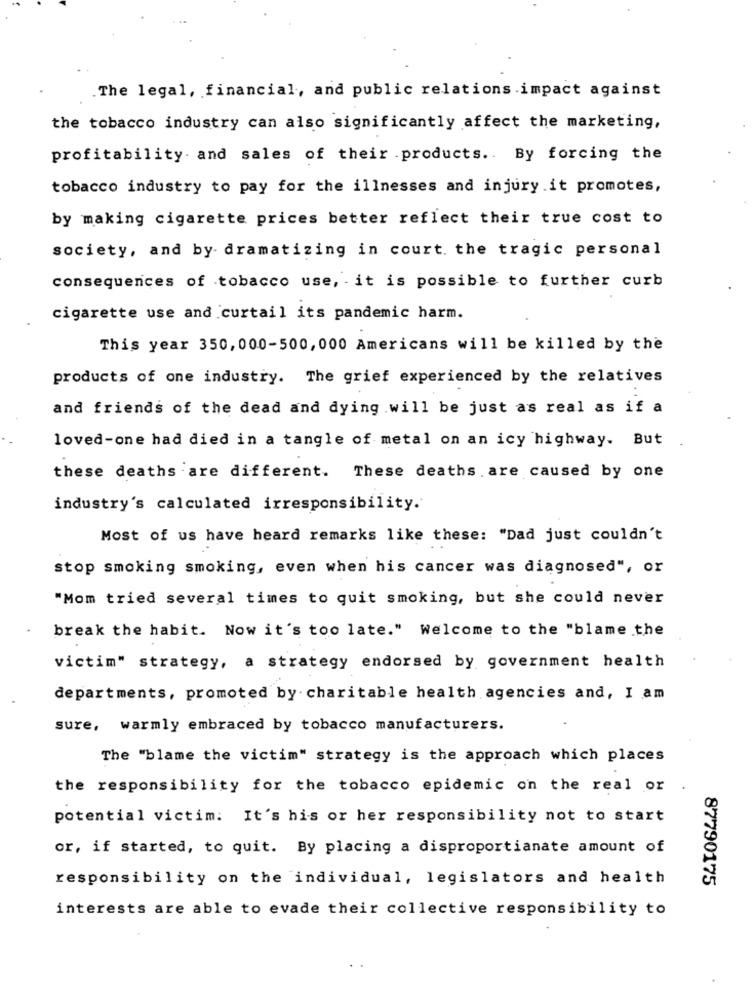
The legal, financial, and public relations impact against
the tobacco industry can also significantly affect the marketing,
profitability. and sales of their .products .. By forcing the
tobacco industry to pay for the illnesses and injury.it promotes,
by making cigarette prices better reflect their true cost to
society, and by- dramatizing in court. the tragic personal
consequences of tobacco use, it is possible to further curb
cigarette use and curtail its pandemic harm.
This year 350, 000-500, 000 Americans will be killed by the
products of one industry. The grief experienced by the relatives
and friends of the dead and dying will be just as real as if a
loved-one had died in a tangle of metal on an icy highway. But
these deaths are different. These deaths are caused by one
industry's calculated irresponsibility.
Most of us have heard remarks like these: "Dad just couldn't
stop smoking smoking, even when his cancer was diagnosed", or
"Mom tried several times to quit smoking, but she could never
break the habit. Now it's too late." Welcome to the "blame the
victim" strategy, a strategy endorsed by government health
departments, promoted by charitable health agencies and, I am
sure, warmly embraced by tobacco manufacturers.
The "blame the victim" strategy is the approach which places
the responsibility for the tobacco epidemic on the real or
potential victim: It's his or her responsibility not to start
or, if started, to quit. By placing a disproportianate amount of
responsibility on the individual, legislators and health
87790175
interests are able to evade their collective responsibility to